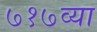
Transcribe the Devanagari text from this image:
७१७व्या